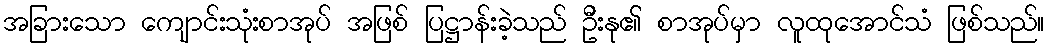
အခြားသော ကျောင်းသုံးစာအုပ် အဖြစ် ပြဋ္ဌာန်းခဲ့သည် ဦးနု၏ စာအုပ်မှာ လူထုအောင်သံ ဖြစ်သည်။